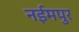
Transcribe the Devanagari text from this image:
नईमपुर